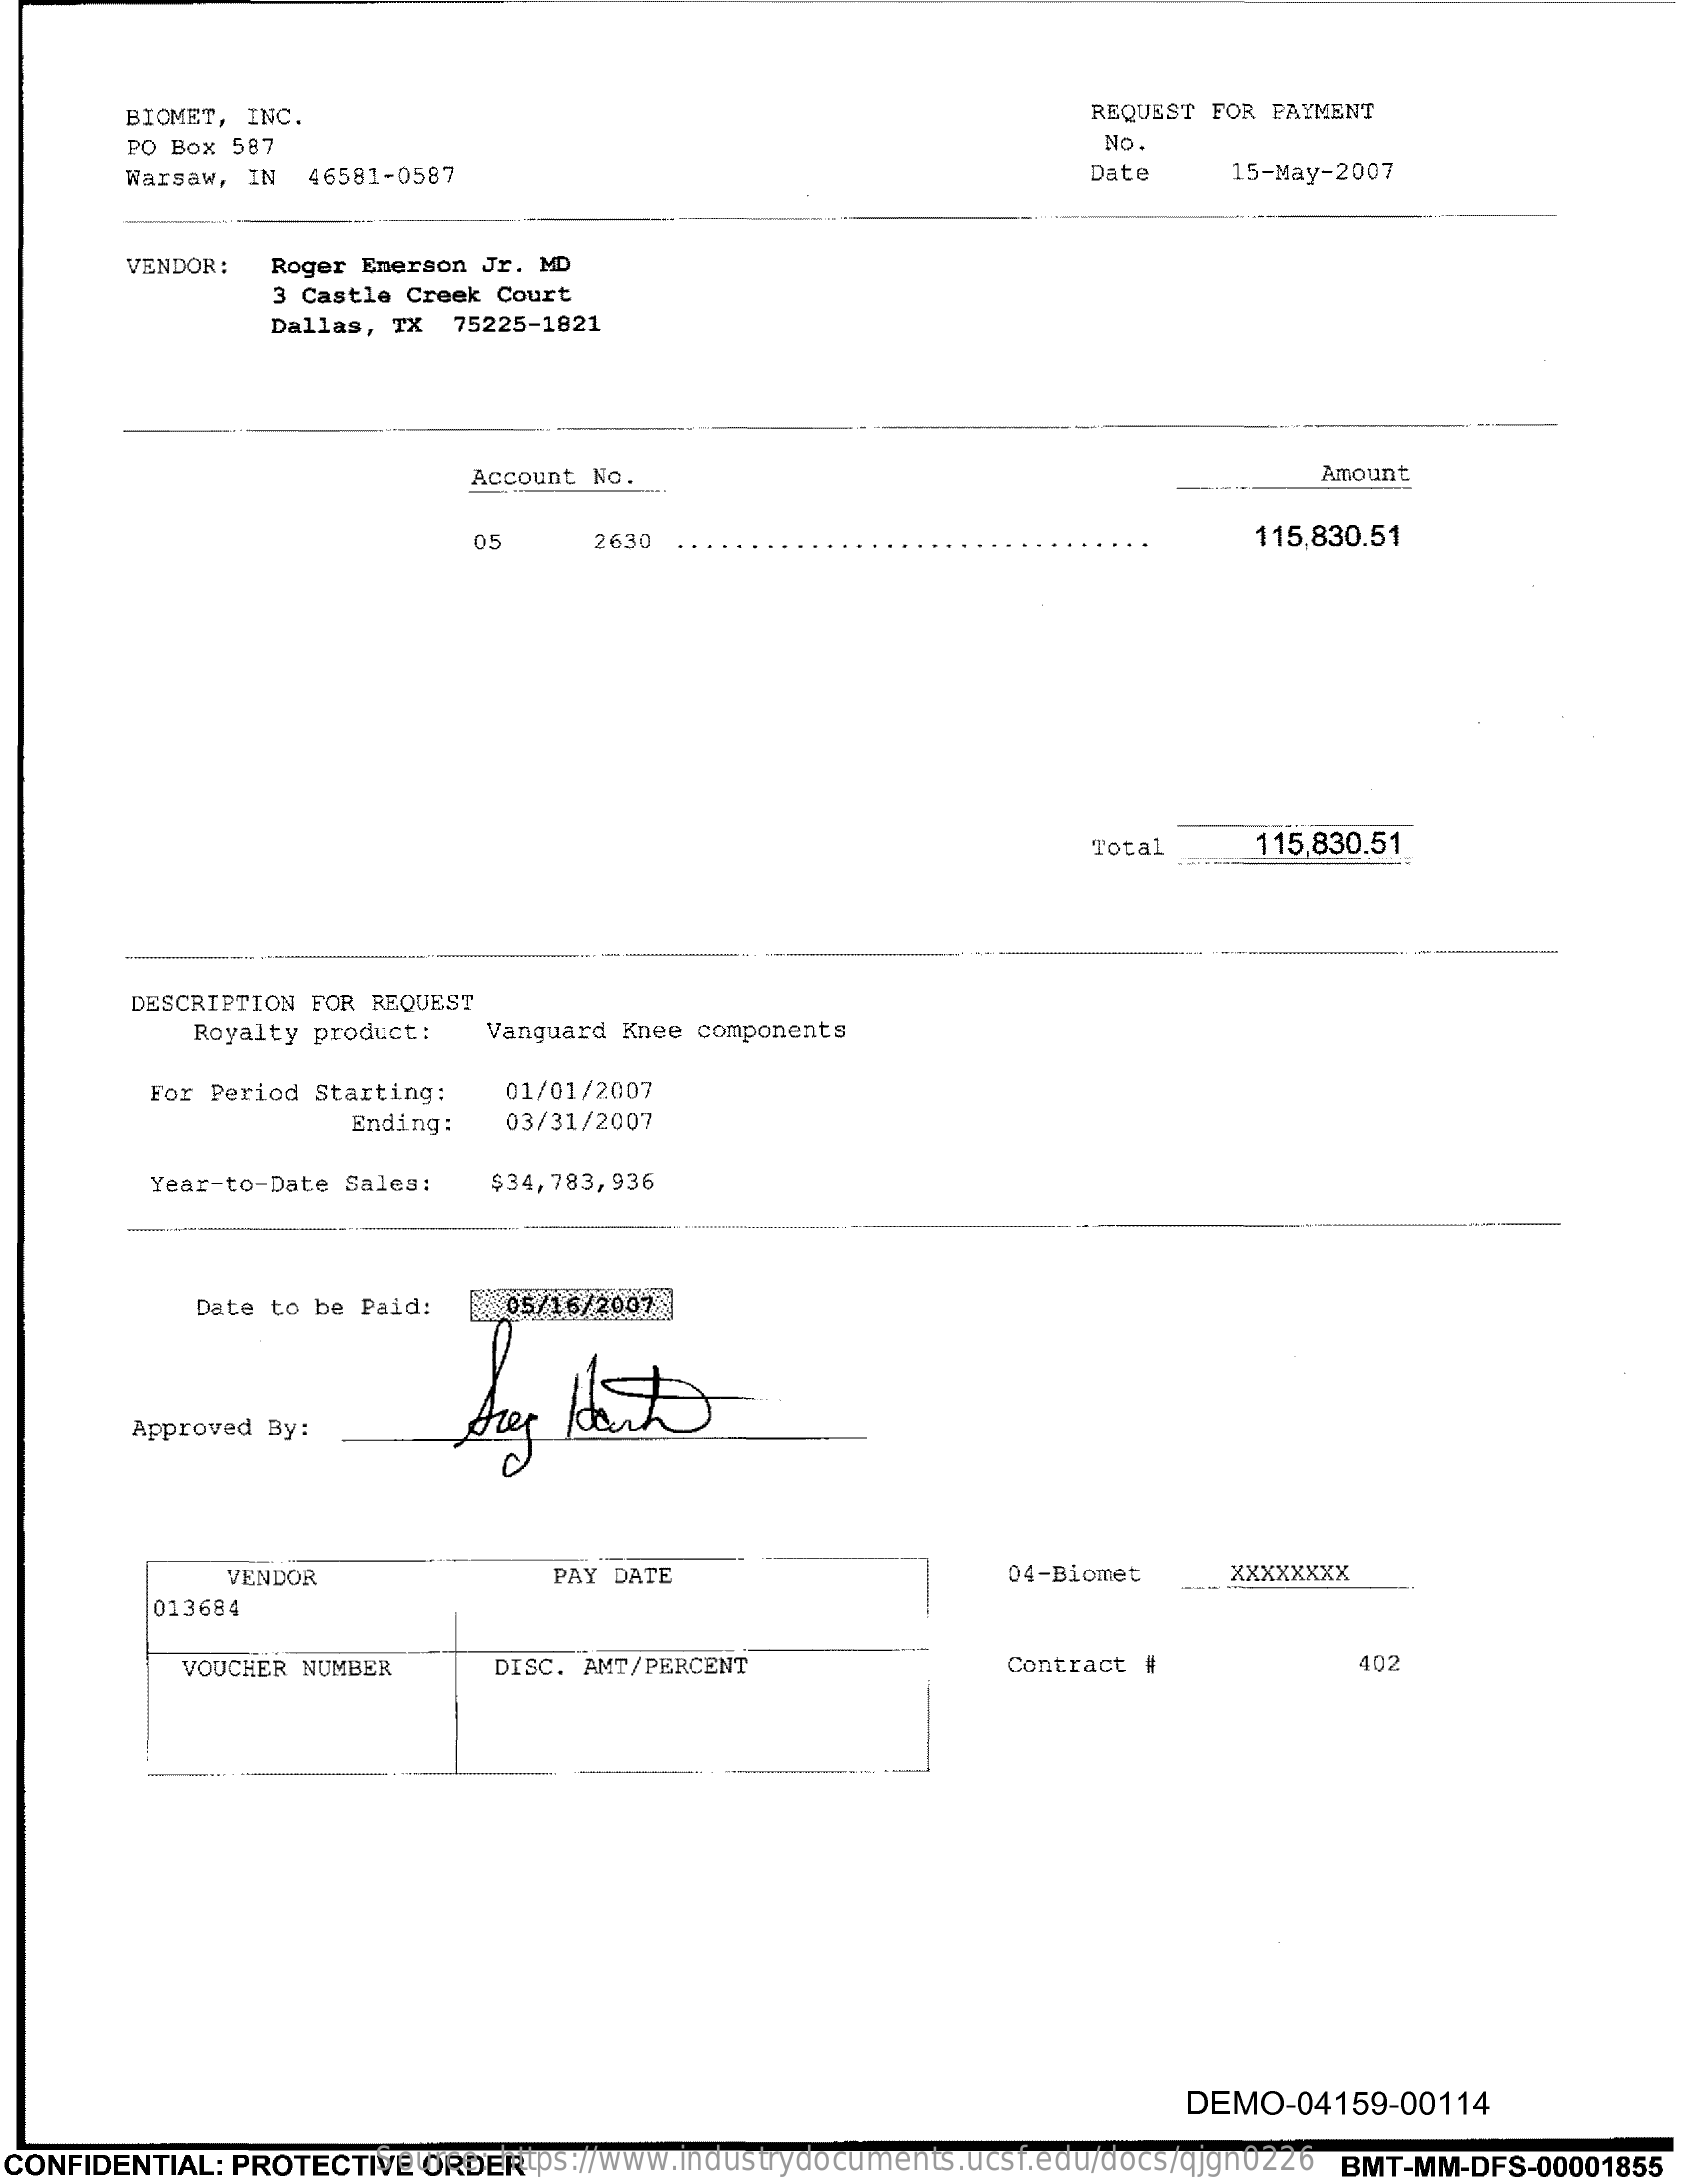
BIOMET, INC.    REQUEST FOR PAYMENT
     PO Box 587    No.
     Warsaw, IN 46581-0587    Date    15-May-2007
     VENDOR:  Roger Emerson Jr. MD
     3 Castle Creek Court
     Dallas, TX 75225-1821
     Account No.    Amount
     05    2630    115,830.51
     Total    115,830.51
     DESCRIPTION FOR REQUEST
     Royalty product : Vanguard Knee components
     For Period Starting:   01/01/2007
     Ending:   03/31/2007
     Year-to-Date Sales:   $34,783,936
     Date to be Paid:   05/16/2007
     Approved By:
     VENDOR    PAY DATE    04-Biomet    XXXXXXXX
     013684
     VOUCHER NUMBER    DISC. AMT/PERCENT    Contract #    402
     DEMO-04159-00114
  CONFIDENTIAL: PROTECTIVE ORDER Source: https://www.industrydocuments.ucsf.edu/docs/qjgn0226 BMT-MM-DFS-00001855